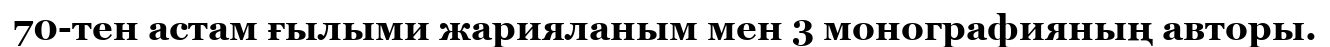
70-тен астам ғылыми жарияланым мен 3 монографияның авторы.